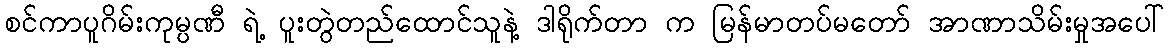
စင်ကာပူဂိမ်းကုမ္ပဏီ ရဲ့ ပူးတွဲတည်ထောင်သူနဲ့ ဒါရိုက်တာ က မြန်မာတပ်မတော် အာဏာသိမ်းမှုအပေါ်